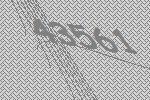
43561